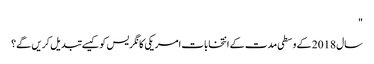
"
سال 2018 کے وسطی مدت کے انتخابات امریکی کانگریس کو کیسے تبدیل کریں گے؟